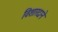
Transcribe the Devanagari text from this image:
विशारदाने